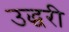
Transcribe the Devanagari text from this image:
उद्धरी